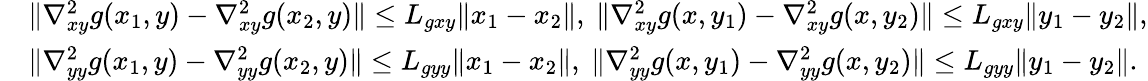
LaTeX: \begin{array}{rl}&{\| \nabla_{xy}^{2}g(x_{1},y)-\nabla_{xy}^{2}g(x_{2},y)\| \leq L_{gxy}\| x_{1}-x_{2}\| ,\ \| \nabla_{xy}^{2}g(x,y_{1})-\nabla_{xy}^{2}g(x,y_{2})\| \leq L_{gxy}\| y_{1}-y_{2}\| ,}\\ &{\| \nabla_{yy}^{2}g(x_{1},y)-\nabla_{yy}^{2}g(x_{2},y)\| \leq L_{gyy}\| x_{1}-x_{2}\| ,\ \| \nabla_{yy}^{2}g(x,y_{1})-\nabla_{yy}^{2}g(x,y_{2})\| \leq L_{gyy}\| y_{1}-y_{2}\| .}\end{array}